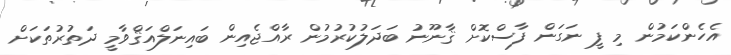
އެހެންކަމުން މި ފީ ނަަގަން ފާސްކޮށް ޤާނޫނު ބަދަލުކުރުމުން ރާއްޖެއިން ބައިނަލްއަޤްވާމީ ދަތުރުތަކަށް